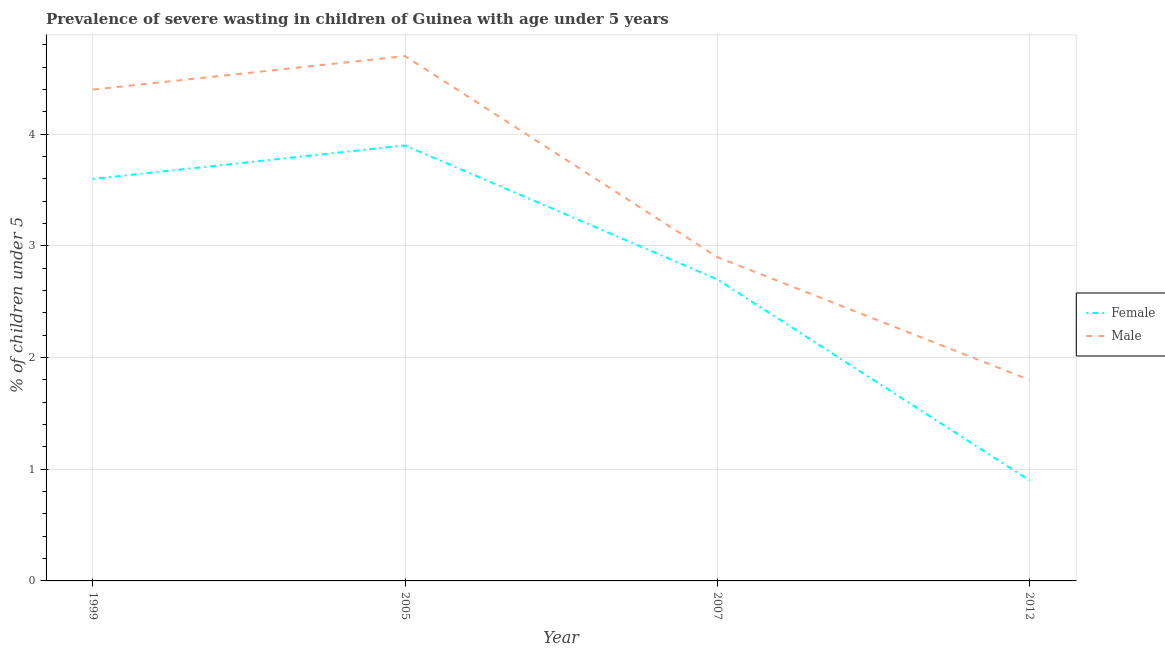
| Year | Female | Male |
 | --- | --- | --- |
 | 1999 | 3.6 | 4.4 |
 | 2005 | 3.9 | 4.7 |
 | 2007 | 2.7 | 2.9 |
 | 2012 | 0.9 | 1.8 |